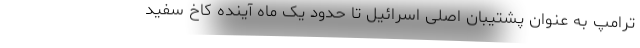
ترامپ به عنوان پشتیبان اصلی اسرائیل تا حدود یک ماه آینده کاخ سفید